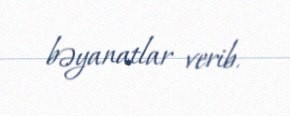
bəyanatlar verib.